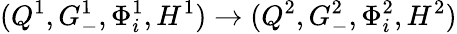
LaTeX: (Q^{1},G_{-}^{1},\Phi_{i}^{1},H^{1})\rightarrow(Q^{2},G_{-}^{2},\Phi_{i}^{2},H^{2})